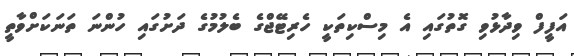
އަފީފް ވިދާޅުވި ގޮތުގައި އެ މިސްކިތަކީ ހެރިޓޭޖްގެ ބެލުމުގެ ދަށުގައި ހުންނަ ތަނަކަށްވާތީ